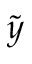
\tilde { y }